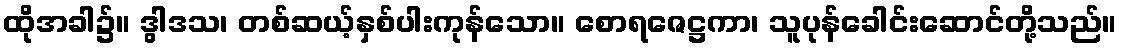
ထိုအခါ၌။ ဒွါဒသ၊ တစ်ဆယ့်နှစ်ပါးကုန်သော။ စောရဇေဋ္ဌကာ၊ သူပုန်ခေါင်းဆောင်တို့သည်။